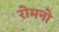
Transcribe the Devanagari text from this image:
रोमनो